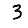
Digit: 3